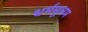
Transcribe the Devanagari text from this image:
धर्ममूलम